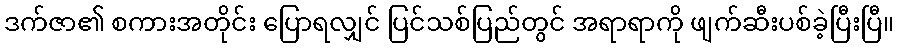
ဒက်ဇာ၏ စကားအတိုင်း ပြောရလျှင် ပြင်သစ်ပြည်တွင် အရာရာကို ဖျက်ဆီးပစ်ခဲ့ပြီးပြီ။